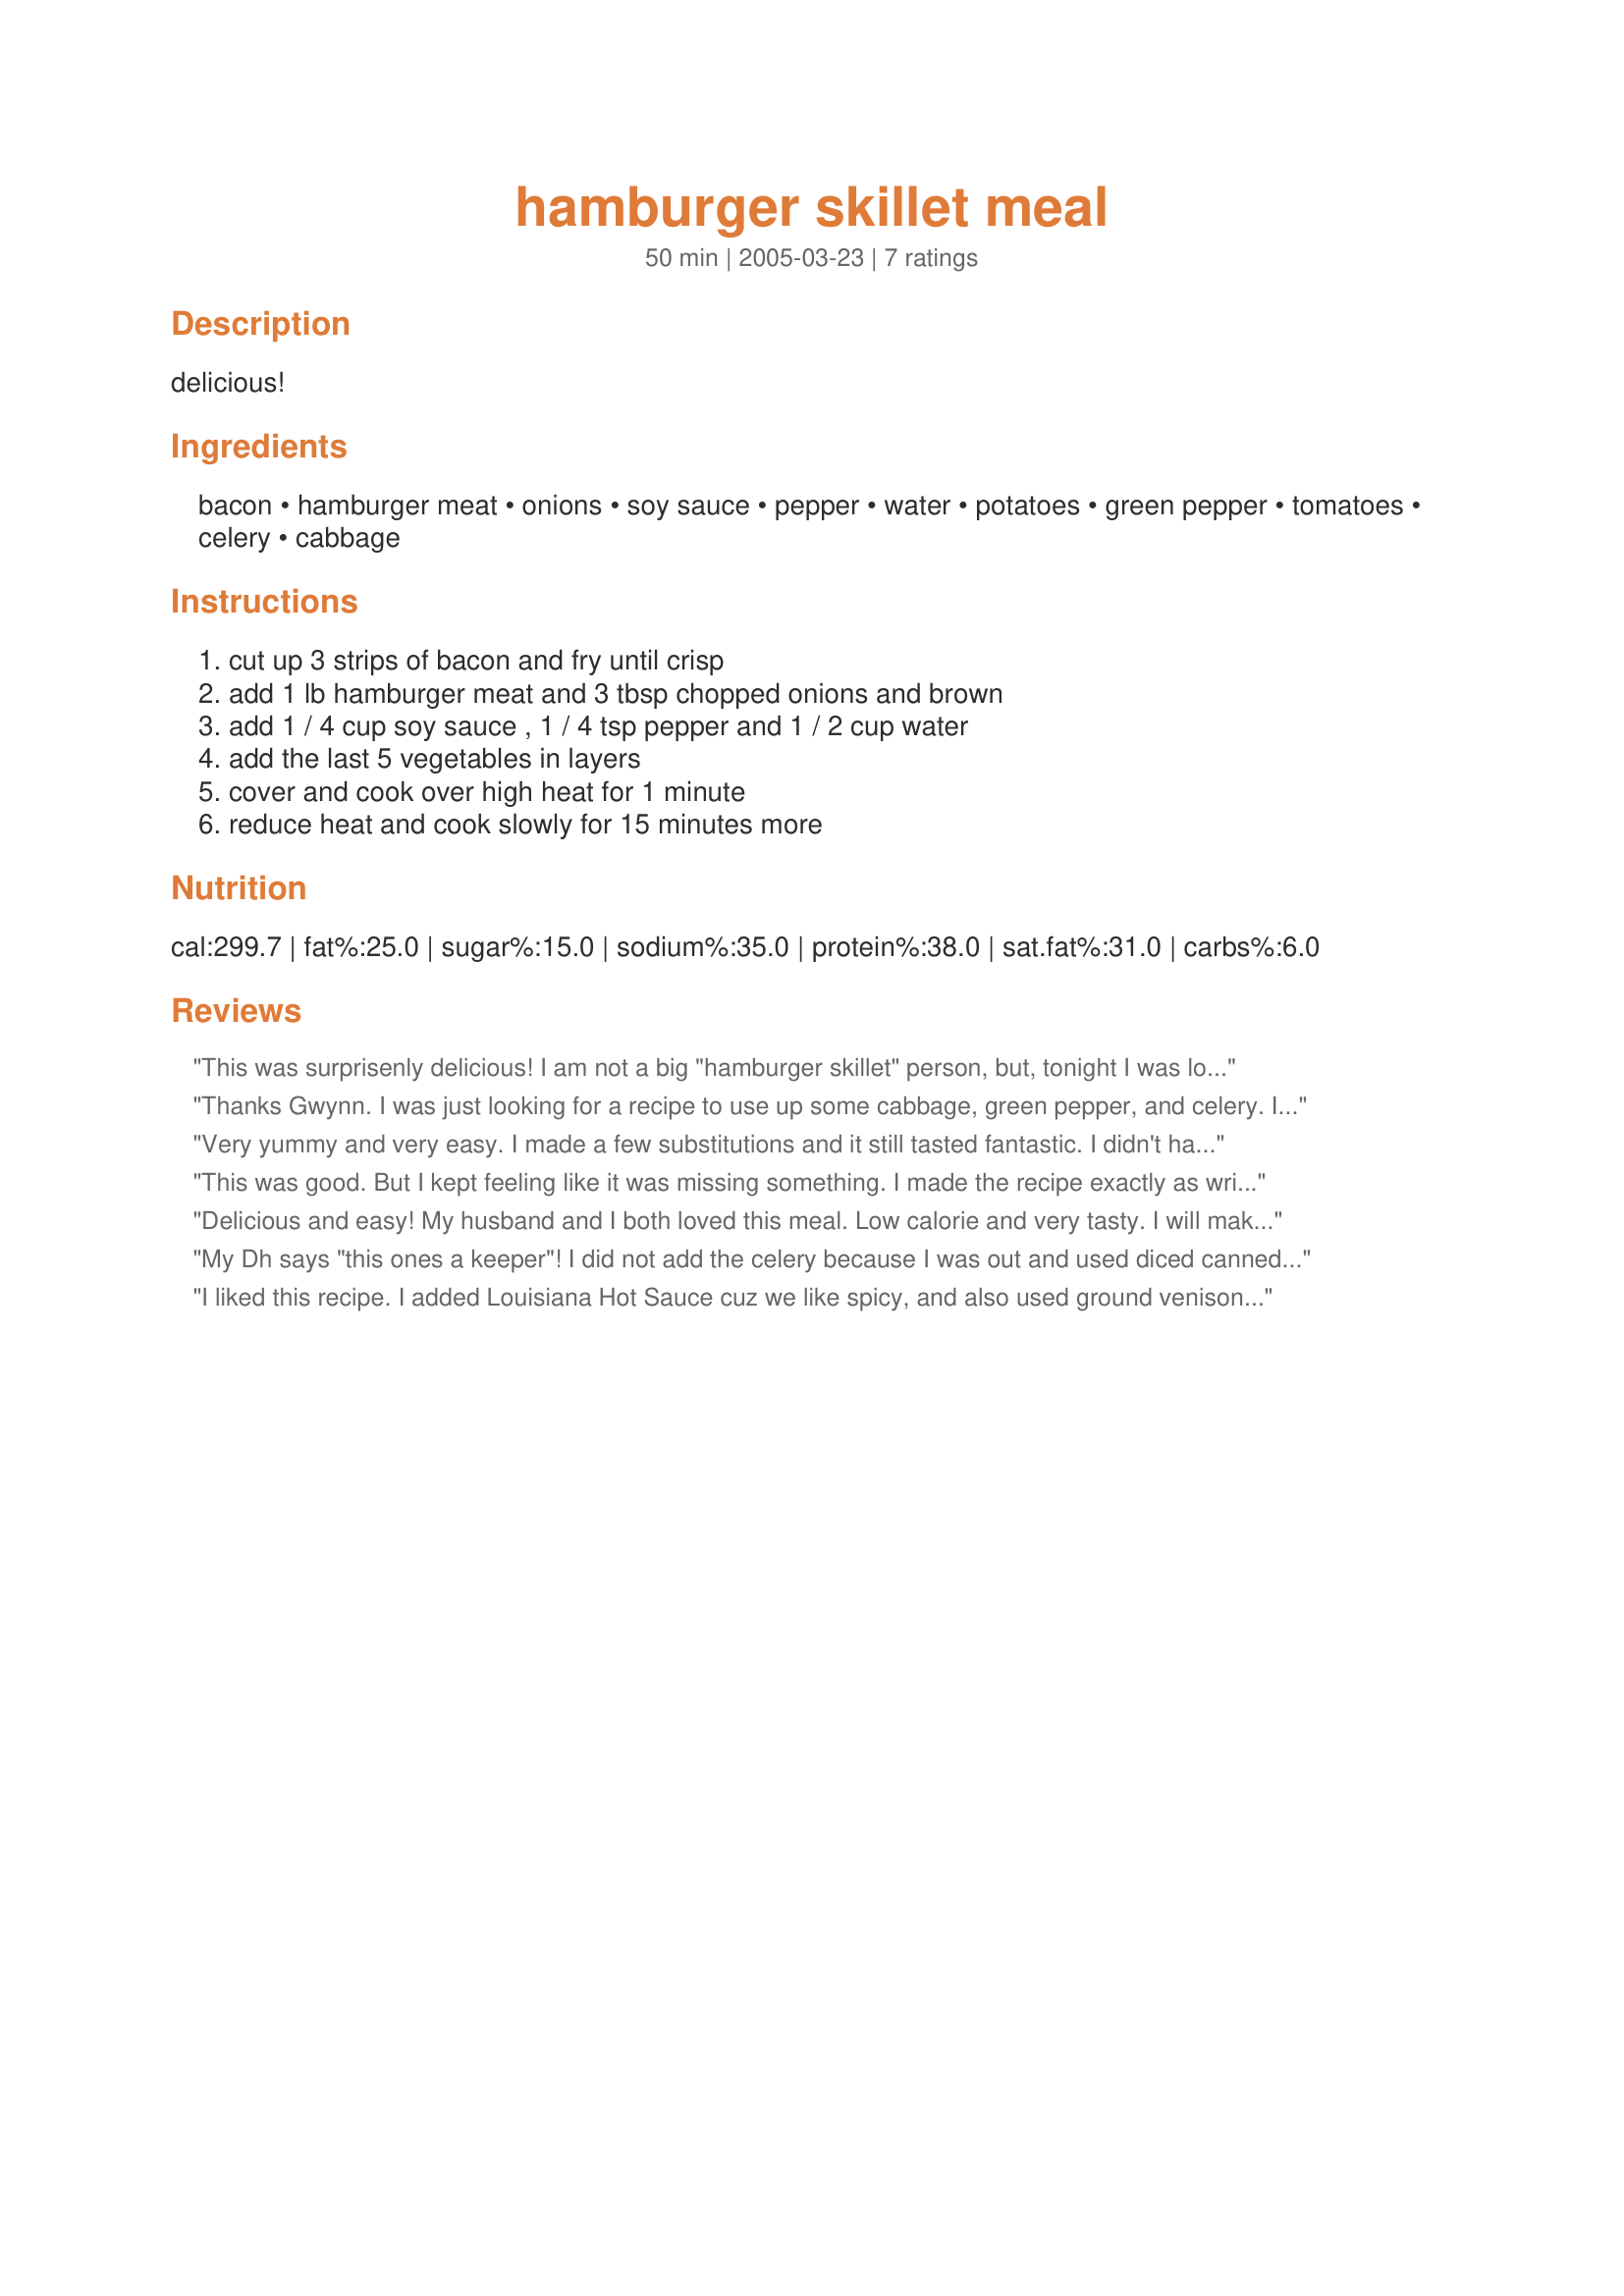
hamburger skillet meal
Preparation time: 50 minutes

delicious!

Ingredients:
bacon, hamburger meat, onions, soy sauce, pepper, water, potatoes, green pepper, tomatoes, celery, cabbage

Steps:
cut up 3 strips of bacon and fry until crisp, add 1 lb hamburger meat and 3 tbsp chopped onions and brown, add 1 / 4 cup soy sauce , 1 / 4 tsp pepper and 1 / 2 cup water, add the last 5 vegetables in layers, cover and cook over high heat for 1 minute, reduce heat and cook slowly for 15 minutes more

Reviews:
This was surprisenly delicious! I am not a big "hamburger skillet" person, but, tonight I was looking for something a little different to do with hamburger, and was surprised at how much I liked this dish! I did have to wing it a bit, with ingrediants that I had on hand, so, instead of the green pepper, tomatoe slices, celery, cabbage, and potatoes, I used fresh, sliced mushrooms and a can of mixed veggies (which included potatoes). I also substituted scallions for the chopped onions. But, even with the changes, I feel like I got the "ambiance" of the dish, and it was delicious! Thanks for much for exciting me about "hamburger skillet" dishes! :-)
Thanks Gwynn. I was just looking for a recipe to use up some cabbage, green pepper, and celery. I added 1 teaspoon sugar, reduced soy sauce to half the amount listed, and used a can of beef broth instead of the water. Really tasty. Will make this one again.
Very yummy and very easy. I made a few substitutions and it still tasted fantastic. I didn't have bacon, so I just left it out. I didn't have celery or green pepper, so I substituted carrots. <br/>One of the other reviewers suggested sugar, so I added a tsp. Tasty and everyone at the dinner table loved it.
This was good. But I kept feeling like it was missing something. I made the recipe exactly as written. I think next time I will add some Franks hot sauce or maybe try at least a little garlic.
Delicious and easy! My husband and I both loved this meal. Low calorie and very tasty. I will make this one again.
My Dh says "this ones a keeper"! I did not add the celery because I was out and used diced canned tomatoes. This has a very good flavor and was very easy to prepare. Thanks Gwynn for the great recipe!
I liked this recipe. I added Louisiana Hot Sauce cuz we like spicy, and also used ground venison. My husband loved the cabbage. It's a good recipe and an easy one to have around as a "staple". Easy and flavorful.
